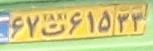
۶۷ت۶۱۵۳۳